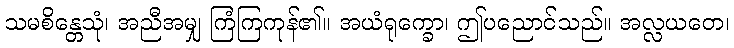
သမစိန္တေသုံ၊ အညီအမျှ ကြံကြကုန်၏။ အယံရုက္ခော၊ ဤပညောင်သည်။ အလ္လယတေ၊